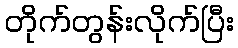
တိုက်တွန်းလိုက်ပြီး